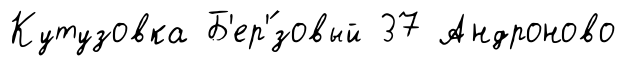
Кутузовка Б'ер'́зовый 37 Андроново